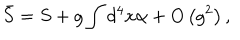
\bar { S } = S + g \int d ^ { 4 } x \alpha + O \left( g ^ { 2 } \right) ,